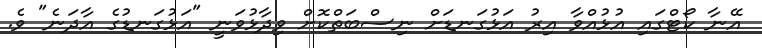
އޭނާ ކޯޓްގައި އުޅުއްވާ އިރު އަޅުގަނޑަށް ނިސްބަތްކޮށް ވިދާޅުވަނީ "އަޅުގަނޑުގެ އާދަނެ" ވެ.